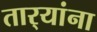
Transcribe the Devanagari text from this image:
तार्‍यांना